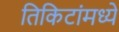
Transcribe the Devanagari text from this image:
तिकिटांमध्ये